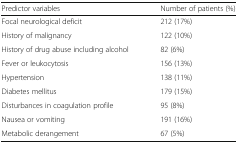
<table><thead><tr><td><b>Predictor variables</b></td><td><b>Number of patients (%)</b></td></tr></thead><tbody><tr><td>Focal neurological deficit</td><td>212 (17%)</td></tr><tr><td>History of malignancy</td><td>122 (10%)</td></tr><tr><td>History of drug abuse including alcohol</td><td>82 (6%)</td></tr><tr><td>Fever or leukocytosis</td><td>156 (13%)</td></tr><tr><td>Hypertension</td><td>138 (11%)</td></tr><tr><td>Diabetes mellitus</td><td>179 (15%)</td></tr><tr><td>Disturbances in coagulation profile</td><td>95 (8%)</td></tr><tr><td>Nausea or vomiting</td><td>191 (16%)</td></tr><tr><td>Metabolic derangement</td><td>67 (5%)</td></tr></tbody></table>